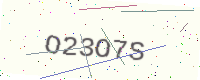
Text: O23O7S